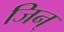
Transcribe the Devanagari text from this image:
जिन्